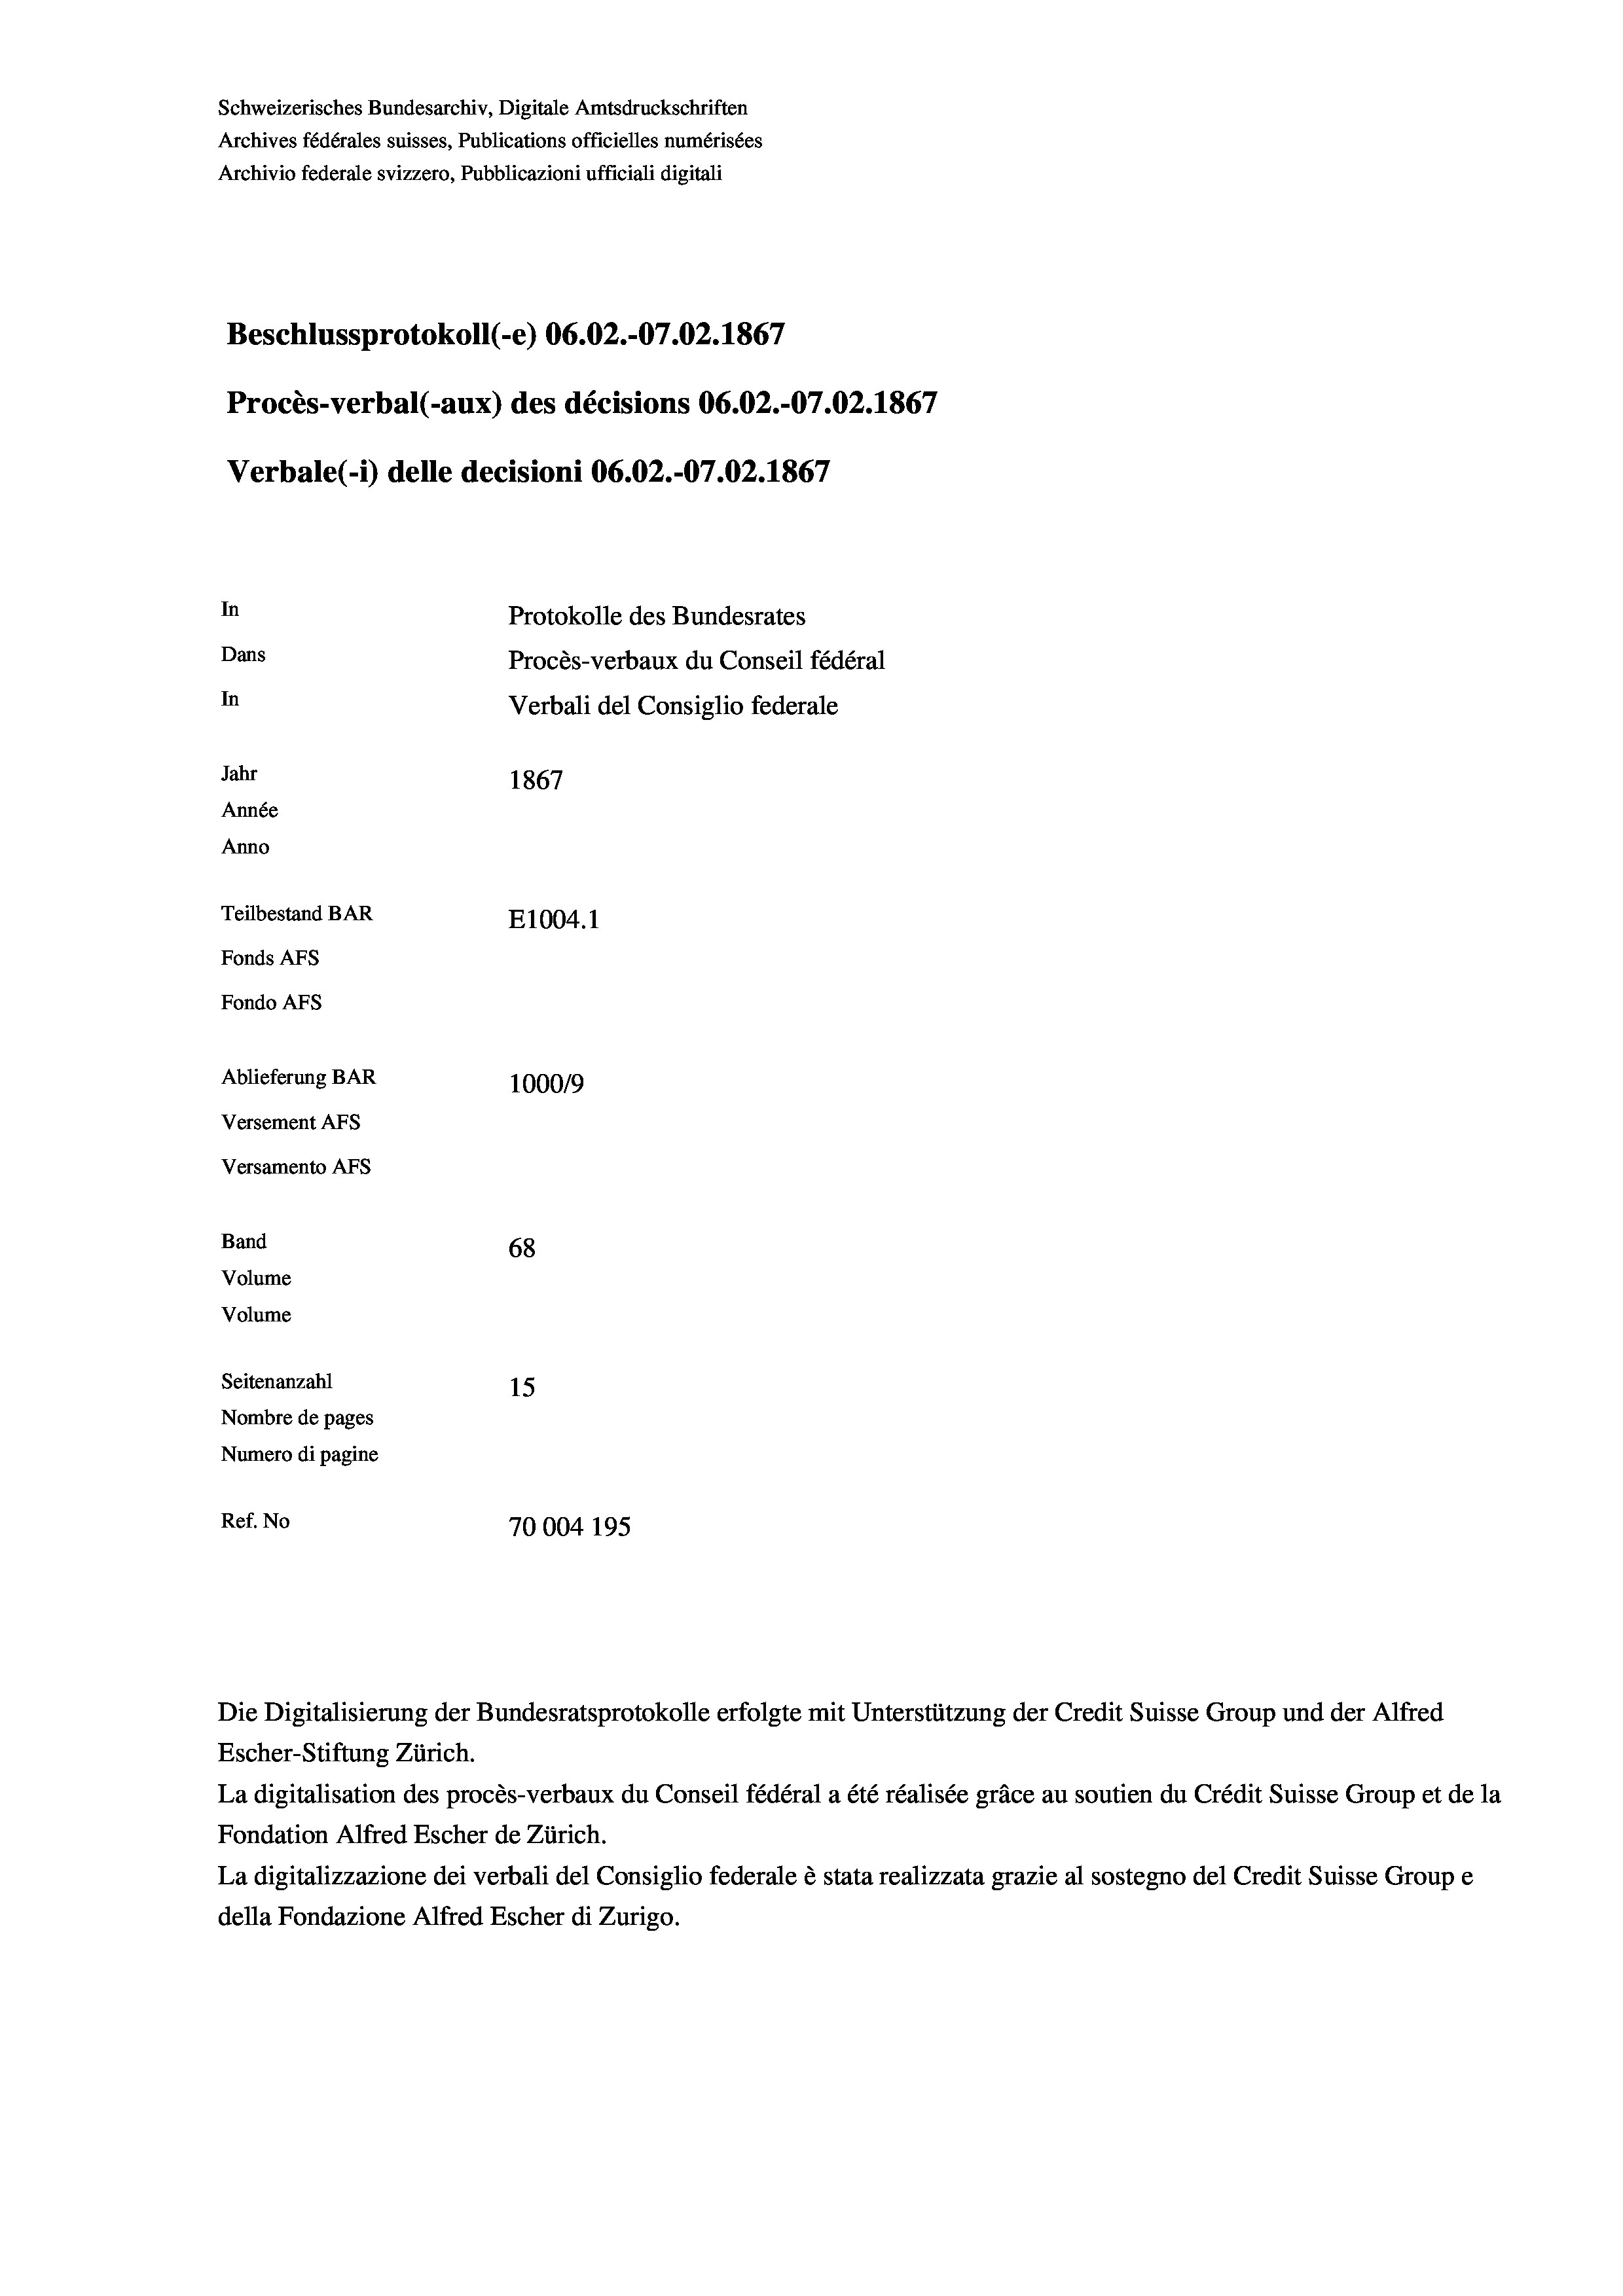
Schweizerisches Bundesarchiv, Digitale Amtsdruckschriften
Archives fédérales suisses, Publications officielles numérisées
Archivio federale svizzero, Pubblicazioni ufficiali digitali
Beschlussprotokoll (-e) 06.02.-07.02. 1867
Procès-verbal (-aux) des décisions 06.02.-07.02. 1867
Verbale (1) delle decisioni 06.02.-07.02. 1867
In
Protokolle des Bundesrates
Dans
Procès-verbaux du Conseil fédéral
In
Verbali del Consiglio federale
Jahr
1867
Année
Anno
Teilbestand BAR
E1004.1
Fonds Afs
Fondo AFS
Ablieferung BAR
100019
Versement AFs
Versamento AFs
Band
68
Volume
Volume
Seitenanzahl
15
Nombre de pages
Numero di pagine
Ref. No
70004 195

Escher-Stiftung Zürich.
La digitalisation des procès-verbaux du Conseil fédéral a été réalisée gräce au soutien du Crédit Suisse Group et de la
Fondation Alfred Escher de Zürich.
La digitalizzazione dei verbali del Consiglio federale è stata realizzata grazie al sostegno del Credit Suisse Groupe
della Fondazione Alfred Escher di Zurigo.

Die Digitalisierung der Bundesratsprotokolle erfolgte mit Unterstützung der Credit Suisse Group und der Alfred